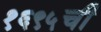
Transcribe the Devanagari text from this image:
१६९५ची